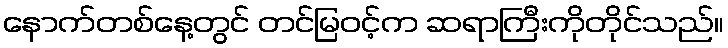
နောက်တစ်နေ့တွင် တင်မြဝင့်က ဆရာကြီးကိုတိုင်သည်။